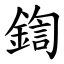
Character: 鍧